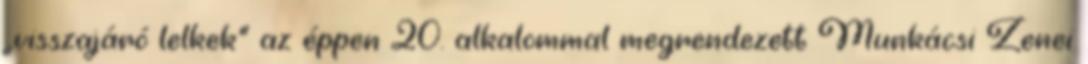
„visszajáró lelkek” az éppen 20. alkalommal megrendezett Munkácsi Zenei